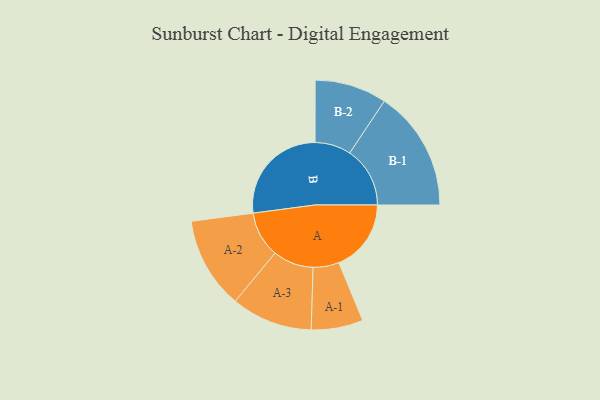
{"axis": {"x": "Segment", "y": "Value"}, "legend": ["", "A", "B"], "data": [{"x": "A", "y": 301, "type": ""}, {"x": "B", "y": 435, "type": ""}, {"x": "A-1", "y": 108, "type": "A"}, {"x": "A-2", "y": 191, "type": "A"}, {"x": "A-3", "y": 169, "type": "A"}, {"x": "B-1", "y": 251, "type": "B"}, {"x": "B-2", "y": 150, "type": "B"}]}